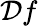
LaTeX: {\cal D}f